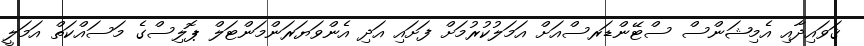
ޤަވައިދާއި އެމިޝަންސް ސްޓޭންޑަރސްއަށް އަމަލުކުރުމަށް ފަށައި އަދި އެންވަޔަރަންމަންޓަލް ޕޮލިސްގެ މަސައްކަތް އަމަލީ